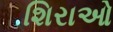
શિરાઓ